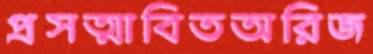
প্রসত্মাবিতঅরিজ